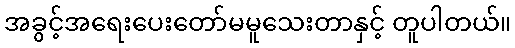
အခွင့်အရေးပေးတော်မမူသေးတာနှင့် တူပါတယ်။